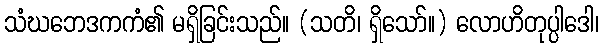
သံဃဘေဒကကံ၏ မရှိခြင်းသည်။ (သတိ၊ ရှိသော်။) လောဟိတုပ္ပါဒေါ၊